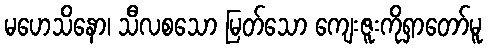
မဟေသိနော၊ သီလစသော မြတ်သော ကျေးဇူးကိုရှာတော်မူ